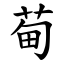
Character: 䓒